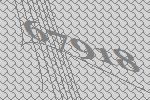
67918